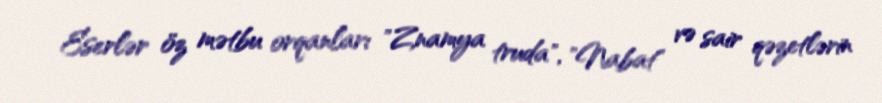
Eserlər öz mətbu orqanları "Znamya truda", "Nabat" və sair qəzetlərin